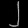
Digit: ၂